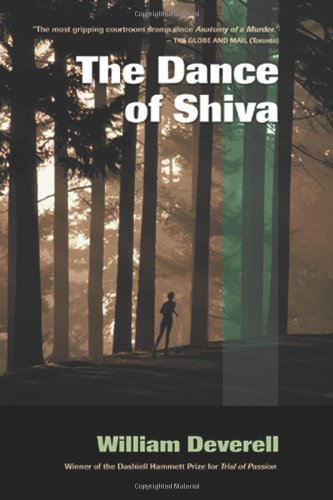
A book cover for The Dance of Shiva; William Deverell; Literature & Fiction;